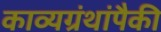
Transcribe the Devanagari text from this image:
काव्यग्रंथांपैकी